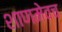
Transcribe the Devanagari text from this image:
शाणमेवच